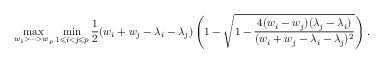
\operatorname* { m a x } _ { w _ { 1 } > \cdots > w _ { p } } \operatorname* { m i n } _ { 1 \leqslant i < j \leqslant p } \frac { 1 } { 2 } ( w _ { i } + w _ { j } - \lambda _ { i } - \lambda _ { j } ) \left( 1 - \sqrt { 1 - \frac { 4 ( w _ { i } - w _ { j } ) ( \lambda _ { j } - \lambda _ { i } ) } { ( w _ { i } + w _ { j } - \lambda _ { i } - \lambda _ { j } ) ^ { 2 } } } \right) .